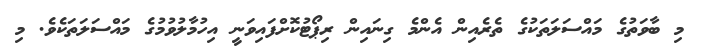
މި ބާވަތުގެ މައްސަލަތަކުގެ ތެރެއިން އެންމެ ގިނައިން ރިޕޯޓުކޮށްފައިވަނީ އިހުމާލުވުމުގެ މައްސަލަތަކެވެ. މި